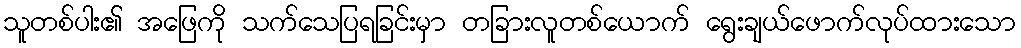
သူတစ်ပါး၏ အဖြေကို သက်သေပြရခြင်းမှာ တခြားလူတစ်ယောက် ရွေးချယ်ဖောက်လုပ်ထားသော